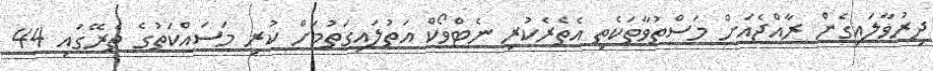
ދިރުވާލައިގެން ރާއްޖެއަށް މަސްތުވާތަކެތި އެތެރެކުރި ނެޓްވޯކް އަތުލައިގަތުމަށް ކުރި މަސައްކަތުގެ ތެރޭގައި 44